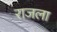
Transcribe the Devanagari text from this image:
राजला